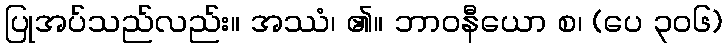
ပြုအပ်သည်လည်း။ အဿံ၊ ၏။ ဘာဝနီယော စ၊ (ပေ ၃၀၆)